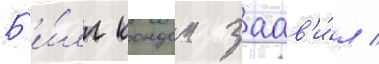
Б'и́лл кондон заав'и́л /